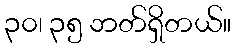
၃၀၊ ၃၅ ဘတ်ရှိတယ်။